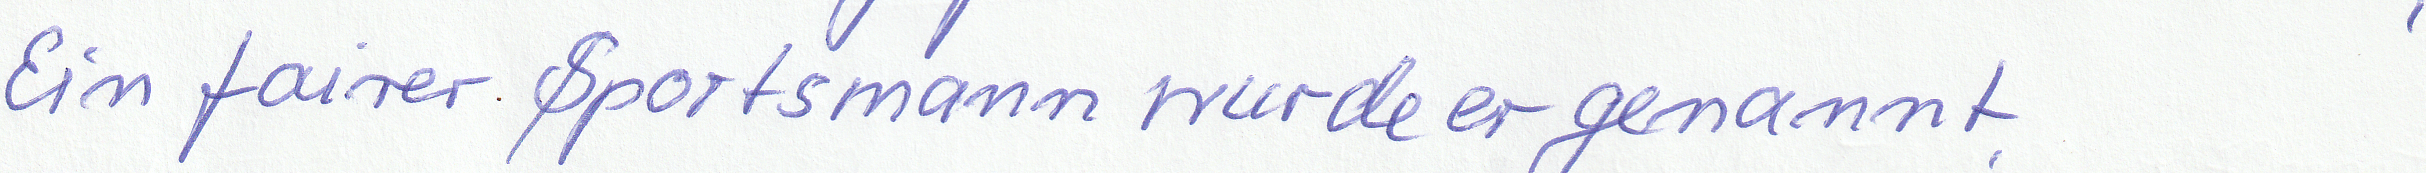
Ein fairer Sportsmann wurde er genannt